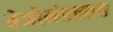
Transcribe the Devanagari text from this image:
तेजोमंडलात